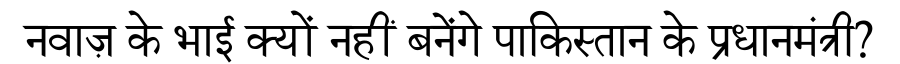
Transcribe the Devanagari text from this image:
नवाज़ के भाई क्यों नहीं बनेंगे पाकिस्तान के प्रधानमंत्री?